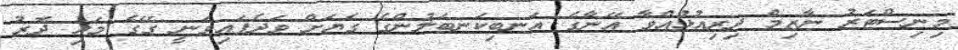
މިނިސްޓަރު ނާޒިމް ދިރިއުޅުއްވާ އޭނާގެ އަނބިކަނބަލުންގެ ގެޔަށް ވަދެފައިވަނީ ގޭގެ މައި ދޮރު